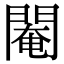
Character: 閹